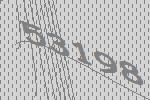
53198